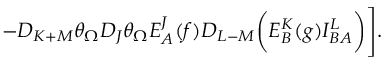
- D _ { K + M } \theta _ { \Omega } D _ { J } \theta _ { \Omega } E _ { A } ^ { J } ( f ) D _ { L - M } \biggl ( E _ { B } ^ { K } ( g ) I _ { B A } ^ { L } \biggr ) \Biggr ] .